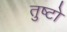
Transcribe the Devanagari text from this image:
तुष्टो